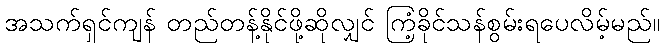
အသက်ရှင်ကျန် တည်တန့်နိုင်ဖို့ဆိုလျှင် ကြံ့ခိုင်သန်စွမ်းရပေလိမ့်မည်။